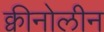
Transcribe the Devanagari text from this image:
क्वीनोलीन